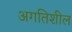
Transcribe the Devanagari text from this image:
अगतिशील